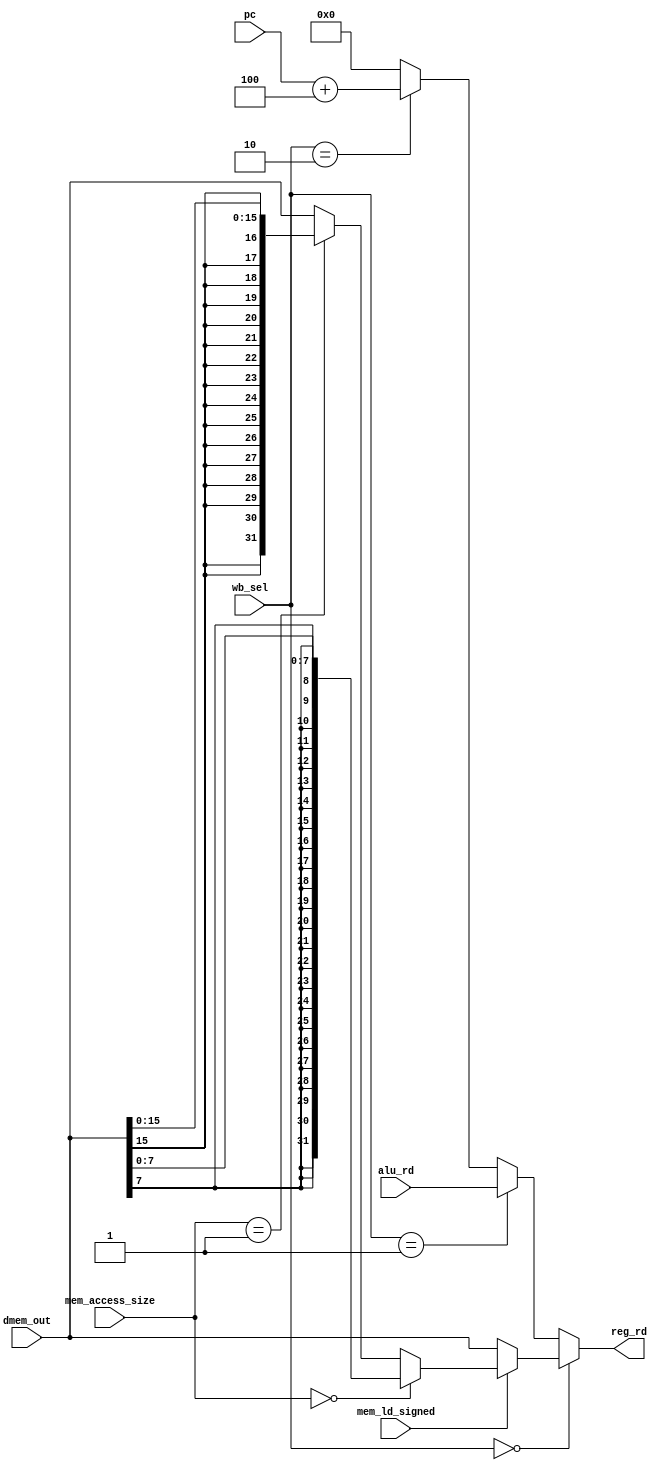
module wb(
	input [1:0] wb_sel,
	input [31:0] dmem_out,
	input [31:0] alu_rd,
	input [31:0] pc,
	input mem_ld_signed,
	input [1:0] mem_access_size,
	output [31:0] reg_rd	
);

reg [31:0] tmp_mem;

assign reg_rd = (wb_sel == 2'b00) ? tmp_mem : (wb_sel == 2'b01) ? alu_rd : (wb_sel == 2'b10) ? (pc + 4) : 32'h00000000;

always @(*) begin
	if (mem_ld_signed) begin // signed
		if (mem_access_size == 2'b00) begin // 1 bytes
			tmp_mem = {{24{dmem_out[7]}}, dmem_out[7:0]};
		end else if (mem_access_size == 2'b01) begin	// 2 bytes
			tmp_mem = {{16{dmem_out[15]}}, dmem_out[15:0]};
		end else begin // 4 bytes
			tmp_mem = dmem_out;			
		end
	end else begin // unsigned
		tmp_mem = dmem_out;	
	end
end

endmodule